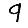
Digit: 9